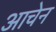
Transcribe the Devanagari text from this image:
आचेन